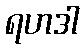
ရဟဒါ